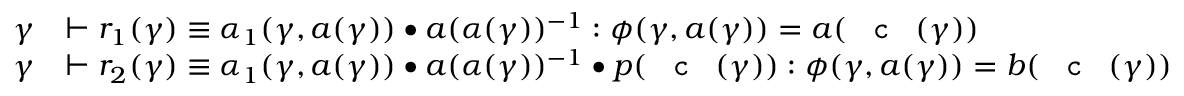
\begin{array} { r l } { \gamma } & { \vdash r _ { 1 } ( \gamma ) \equiv \alpha _ { 1 } ( \gamma , a ( \gamma ) ) \bullet a ( \alpha ( \gamma ) ) ^ { - 1 } : \phi ( \gamma , a ( \gamma ) ) = a ( \textnormal { \texttt { c } } ( \gamma ) ) } \\ { \gamma } & { \vdash r _ { 2 } ( \gamma ) \equiv \alpha _ { 1 } ( \gamma , a ( \gamma ) ) \bullet a ( \alpha ( \gamma ) ) ^ { - 1 } \bullet p ( \textnormal { \texttt { c } } ( \gamma ) ) : \phi ( \gamma , a ( \gamma ) ) = b ( \textnormal { \texttt { c } } ( \gamma ) ) } \end{array}